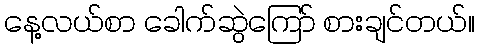
နေ့လယ်စာ ခေါက်ဆွဲကြော် စားချင်တယ်။